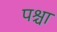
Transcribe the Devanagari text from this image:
पश्चा